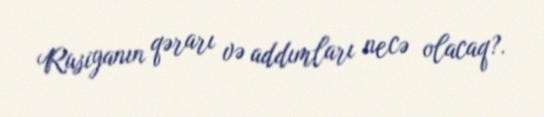
Rusiyanın qərarı və addımları necə olacaq?.